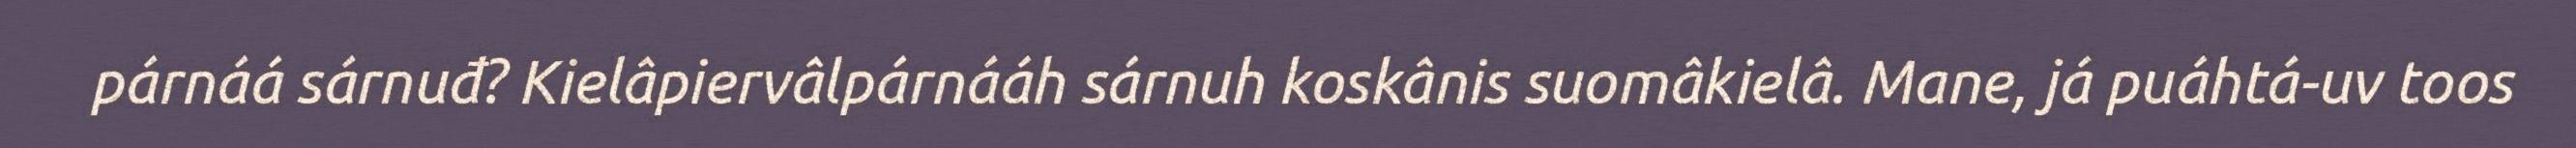
párnáá sárnuđ? Kielâpiervâlpárnááh sárnuh koskânis suomâkielâ. Mane, já puáhtá-uv toos